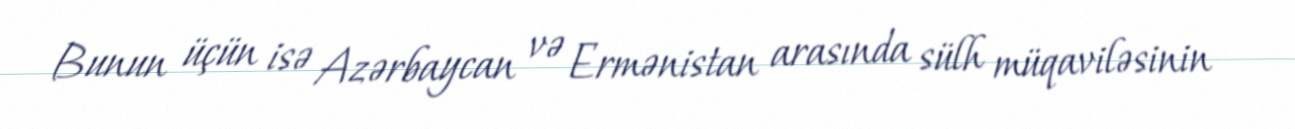
Bunun üçün isə Azərbaycan və Ermənistan arasında sülh müqaviləsinin